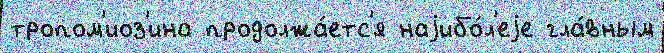
тропом'иоз'ина продолжа́етс'я наjибо́л'еjе гла́вным